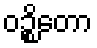
ဝဉ္စိတော